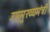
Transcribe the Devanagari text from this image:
उपमुख्‍यमंत्री